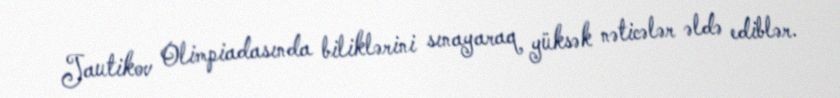
Jautikov Olimpiadasında biliklərini sınayaraq yüksək nəticələr əldə ediblər.